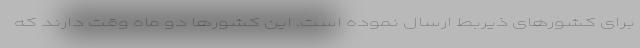
برای کشورهای ذیربط ارسال نموده است. این کشورها دو ماه وقت دارند که